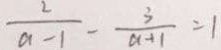
\frac { 2 } { a - 1 } - \frac { 3 } { a + 1 } = 1